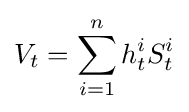
V_{t}=\sum _{i=1}^{n}h_{t}^{i}S_{t}^{i}